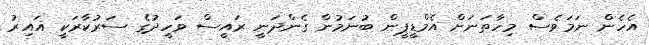
އެހެން ނަމަވެސް މިހާތަނަށް އެމްޑީޕީން ބުނަމުން ގެންދަނީ ރައީސް ވަހީދުގެ ސަރުކާރަކީ ޣައިރު